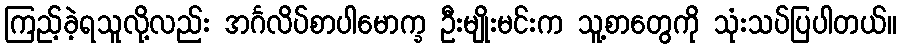
ကြည့်ခဲ့ရသူလို့လည်း အင်္ဂလိပ်စာပါမောက္ခ ဦးမျိုးမင်းက သူ့စာတွေကို သုံးသပ်ပြပါတယ်။